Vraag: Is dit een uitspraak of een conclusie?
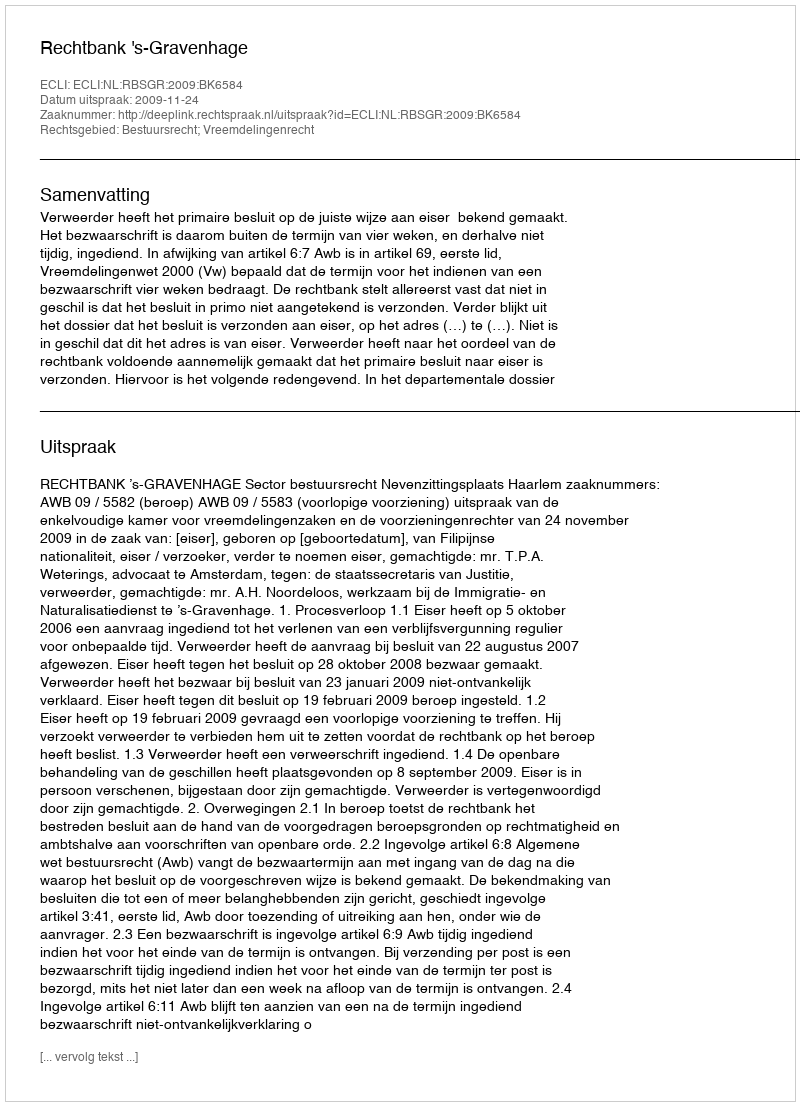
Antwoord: Uitspraak